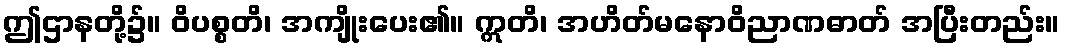
ဤဌာနတို့၌။ ဝိပစ္စတိ၊ အကျိုးပေး၏။ ဣတိ၊ အဟိတ်မနောဝိညာဏဓာတ် အပြီးတည်း။